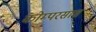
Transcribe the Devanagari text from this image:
कोम्परसास